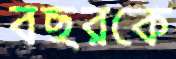
বছরকে